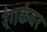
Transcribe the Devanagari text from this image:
रंगकंवर